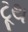
ટૂથ